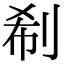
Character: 𠜗